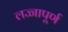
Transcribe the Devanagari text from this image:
लज्जापूर्ण